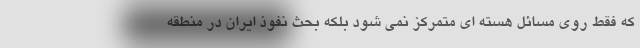
که فقط روی مسائل هسته ای متمرکز نمی شود بلکه بحث نفوذ ایران در منطقه